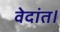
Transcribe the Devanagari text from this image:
वेदांत।